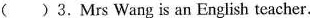
( )3.Mrs Wang is an English teacher.